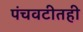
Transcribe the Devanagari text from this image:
पंचवटीतही